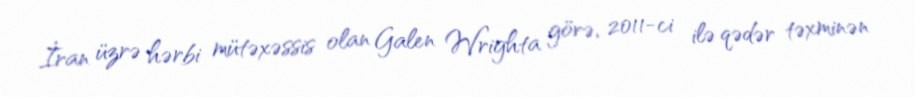
İran üzrə hərbi mütəxəssis olan Galen Wrighta görə, 2011-ci ilə qədər təxminən